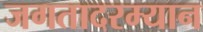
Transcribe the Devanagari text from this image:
जगतादरम्यान